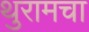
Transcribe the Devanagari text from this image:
थुरामचा